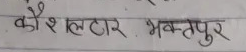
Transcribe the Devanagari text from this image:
कौशलटार भक्तपुर